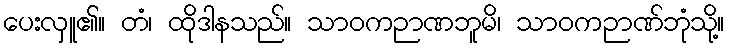
ပေးလှူ၏။ တံ၊ ထိုဒါနသည်။ သာဝကဉာဏဘူမိ၊ သာဝကဉာဏ်ဘုံသို့။